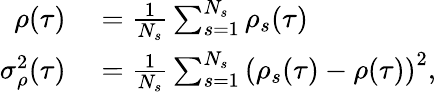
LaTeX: \begin{array}{rl}{\rho(\tau)}&{{}=\frac{1}{N_{s}}\sum_{s=1}^{N_{s}}\rho_{s}(\tau)}\\ {\sigma_{\rho}^{2}(\tau)}&{{}=\frac{1}{N_{s}}\sum_{s=1}^{N_{s}}\left(\rho_{s}(\tau)-\rho(\tau)\right)^{2},}\end{array}